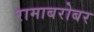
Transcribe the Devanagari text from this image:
रामाबरोबर